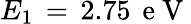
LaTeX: E_{1}\, =\, 2.75\, \mathrm{~e~V~}